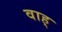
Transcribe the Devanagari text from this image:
वाह्‌